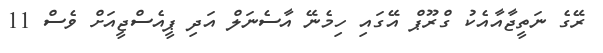
ރޭގެ ނަތީޖާއާއެކު ގްރޫޕް އޭގައި ހިމެނޭ އާސެނަލް އަދި ޕީއެސްޖީއަށް ވެސް 11